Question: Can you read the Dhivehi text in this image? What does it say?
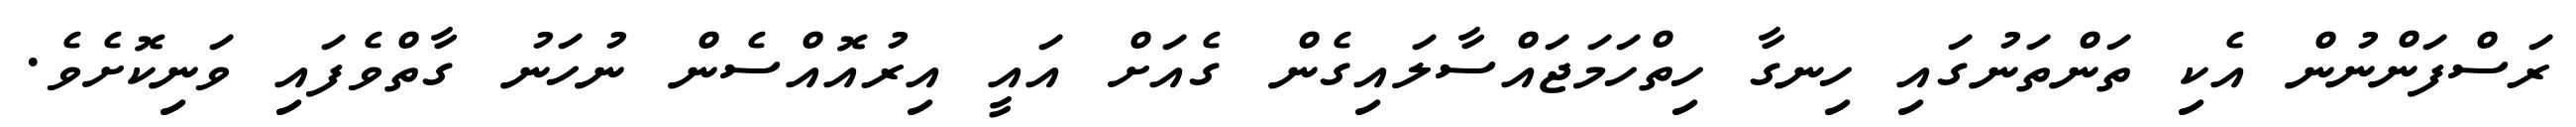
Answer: ރަސްފަންނުން އެކި ތަންތަނުގައި ހިނގާ ހިތްހަމަޖައްސާލައިގެން ގެއަށް އައީ އިރުއޮއްސެން ނުހަނު ގާތްވެފައި ވަނިކޮށެވެ.